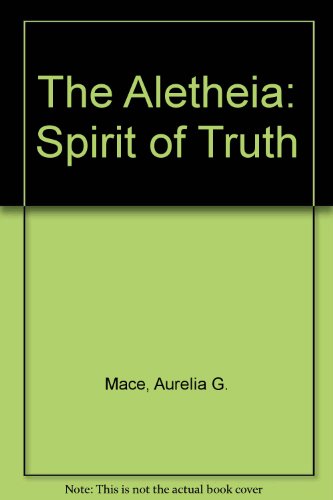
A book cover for The Aletheia: Spirit of Truth (Communal societies in America); Aurelia G. Mace; Christian Books & Bibles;